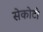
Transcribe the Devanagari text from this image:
सेकोटो